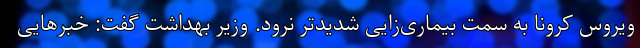
ویروس کرونا به سمت بیماری‌زایی شدیدتر نرود. وزیر بهداشت گفت: خبرهایی